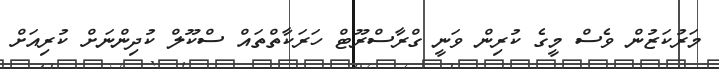
މަރުކަޒުން ވެސް މީގެ ކުރިން ވަނީ ގްރާސްރޫޓް ހަރަކާތްތައް ސްކޫލް ކުދިންނަށް ކުރިއަށް